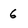
Character: 6